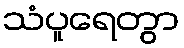
သံပူရေတွာ